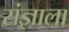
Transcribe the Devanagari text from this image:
संज्ञाला